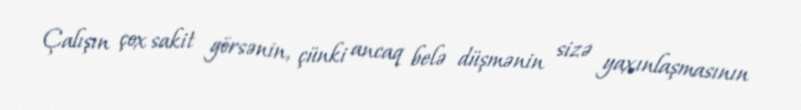
Çalışın çox sakit görsənin, çünki ancaq belə düşmənin sizə yaxınlaşmasının